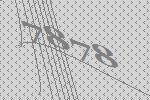
7878